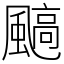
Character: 䬘